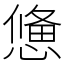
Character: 𢢑